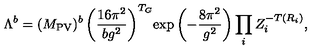
\Lambda ^ { b } = ( M _ { \mathrm { P V } } ) ^ { b } \left( \frac { 1 6 \pi ^ { 2 } } { b g ^ { 2 } } \right) ^ { T _ { G } } \! \exp \left( - \frac { 8 \pi ^ { 2 } } { g ^ { 2 } } \right) \prod _ { i } Z _ { i } ^ { - T ( R _ { i } ) } ,